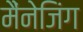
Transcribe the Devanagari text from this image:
मैंनेजिंग